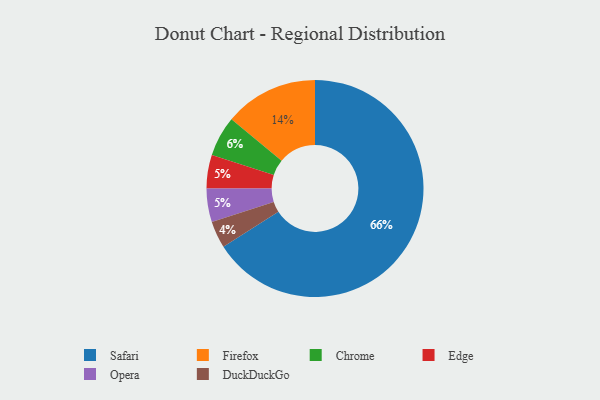
{"axis": {"x": "Category", "y": "Percentage"}, "legend": ["Chrome", "DuckDuckGo", "Edge", "Firefox", "Opera", "Safari"], "data": [{"x": "Firefox", "y": 14, "type": "Firefox"}, {"x": "Chrome", "y": 6, "type": "Chrome"}, {"x": "Edge", "y": 5, "type": "Edge"}, {"x": "Opera", "y": 5, "type": "Opera"}, {"x": "DuckDuckGo", "y": 4, "type": "DuckDuckGo"}, {"x": "Safari", "y": 66, "type": "Safari"}]}